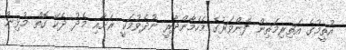
އުތީމުގެ އަތިރިމަތިން ފެންވަރުގެ މެހެމާންދާރީ ނުދެވުމަކީ ރަށާއި މެދު ދެކޭ ގޮތް މުޅިން